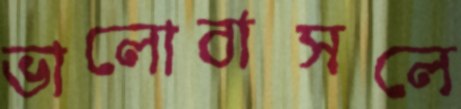
ভালোবাসলে